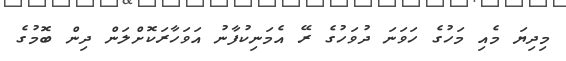
މިދިޔަ މެއި މަހުގެ ހަވަނަ ދުވަހުގެ ރޭ އެމަނިކުފާނު އަވަހާރަކޮށްލަން ދިން ބޮމުގެ